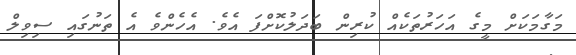
މަގާމަކަށް މީގެ އަހަރުތަކެއް ކުރިން ބަދަލުކޮށްފަ އެވެ. އެހެންވެ އެ ތަނުގައި ސިވިލް